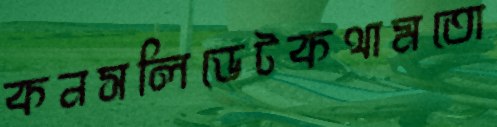
কনসলিডেটকথামতো